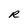
Character: R